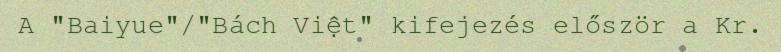
A "Baiyue"/"Bách Việt" kifejezés először a Kr.